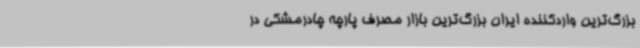
بزرگ‌ترین واردکننده ایران بزرگ‌ترین بازار مصرف پارچه چادر‌مشکی در